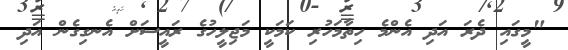
"މީގައި ދެރަ އަދި އެންމެ ހިތާމަހުރި ކަމަކީ މަޖިލީހުގެ ރައީސަށް އެނގިގެން އަދި